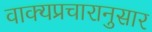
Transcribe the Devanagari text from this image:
वाक्यप्रचारानुसार